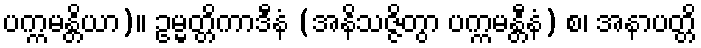
ပက္ကမန္တိယာ)။ ဥမ္မတ္တိကာဒီနံ (အနိသဇ္ဇိတွာ ပက္ကမန္တီနံ) စ၊ အနာပတ္တိ